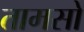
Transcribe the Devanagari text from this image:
तामसो